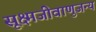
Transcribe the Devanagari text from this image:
सूक्ष्मजीवाणुजन्य